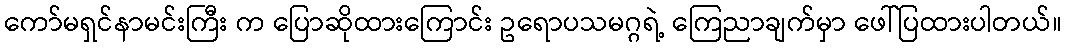
ကော်မရှင်နာမင်းကြီး က ပြောဆိုထားကြောင်း ဥရောပသမဂ္ဂရဲ့ ကြေညာချက်မှာ ဖေါ်ပြထားပါတယ်။